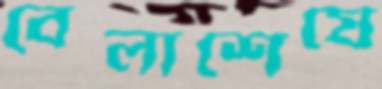
বেলাশেষে